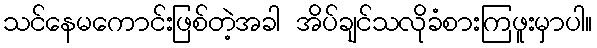
သင်နေမကောင်းဖြစ်တဲ့အခါ အိပ်ချင်သလိုခံစားကြဖူးမှာပါ။